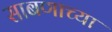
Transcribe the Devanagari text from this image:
साबणाच्या